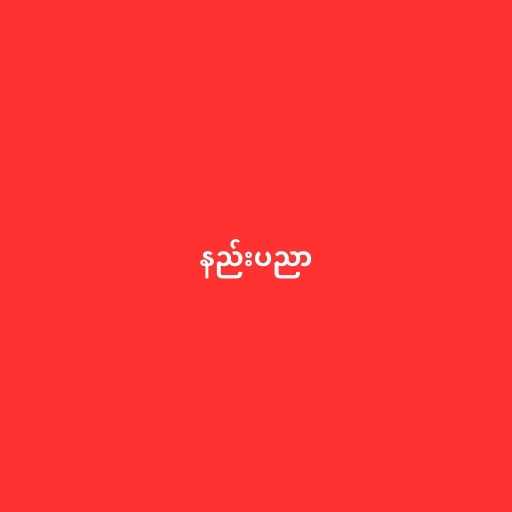
နည်းပညာ